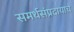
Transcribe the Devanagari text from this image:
समर्थसंप्रदायाचे